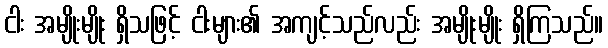
ငါး အမျိုးမျိုး ရှိသဖြင့် ငါးများ၏ အကျင့်သည်လည်း အမျိုးမျိုး ရှိကြသည်။